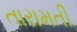
તારામતી